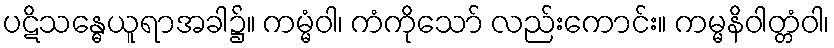
ပဋိသန္ဓေယူရာအခါ၌။ ကမ္မံဝါ၊ ကံကိုသော် လည်းကောင်း။ ကမ္မနိဝါတ္တံဝါ၊